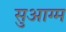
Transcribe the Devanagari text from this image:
सुआग्म